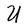
Character: U